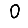
Digit: 0